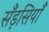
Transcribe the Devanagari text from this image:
सँड़सियाँ